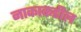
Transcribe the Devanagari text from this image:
नाकाकडील